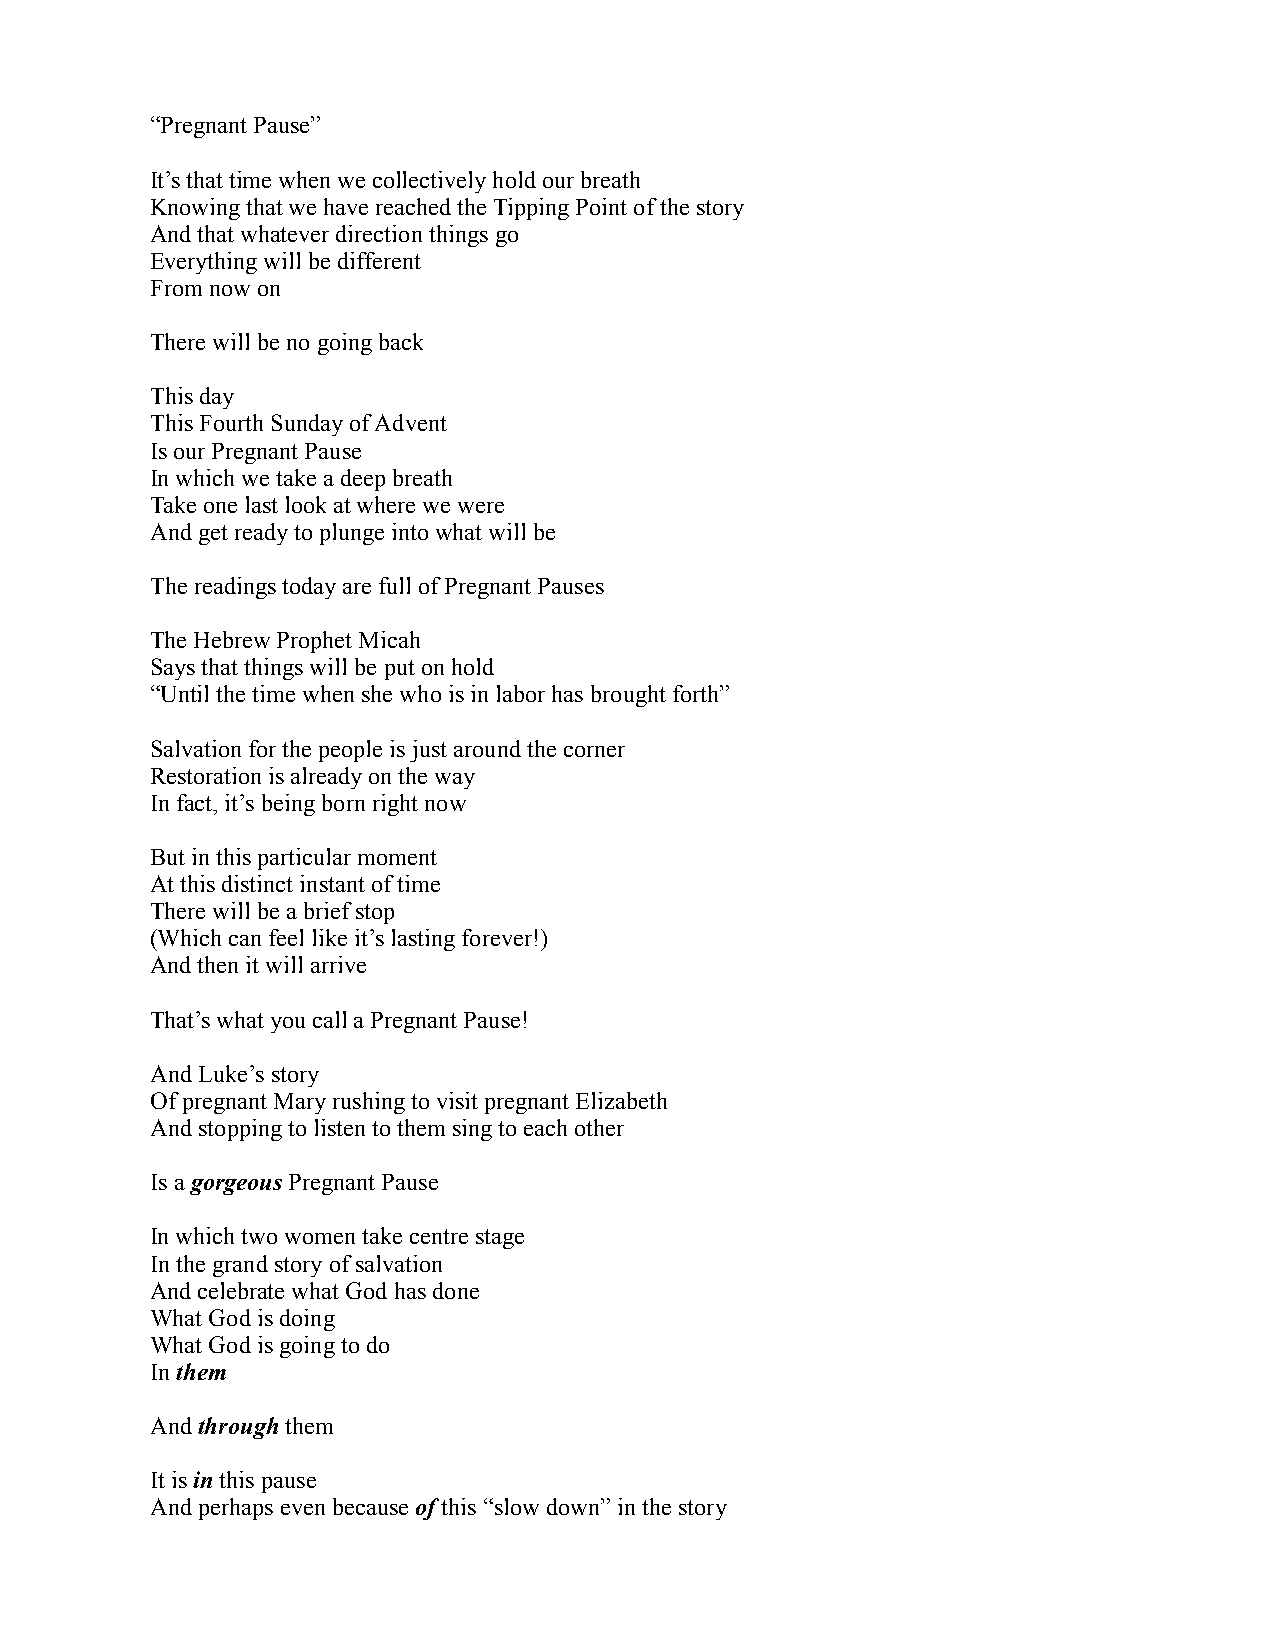
“Pregnant Pause”
 It’s that time when we collectively hold our breath
 Knowing that we have reached the Tipping Point of the story
 And that whatever direction things go
 Everything will be different
 From now on
 There will be no going back
 This day
 This Fourth Sunday of Advent
 Is our Pregnant Pause
 In which we take a deep breath
 Take one last look at where we were
 And get ready to plunge into what will be
 The readings today are full of Pregnant Pauses
 The Hebrew Prophet Micah
 Says that things will be put on hold
 “Until the time when she who is in labor has brought forth”
 Salvation for the people is just around the corner
 Restoration is already on the way
 In fact, it’s being born right now
 But in this particular moment
 At this distinct instant of time
 There will be a brief stop
 (Which can feel like it’s lasting forever!)
 And then it will arrive
 That’s what you call a Pregnant Pause!
 And Luke’s story
 Of pregnant Mary rushing to visit pregnant Elizabeth
 And stopping to listen to them sing to each other
 Is a gorgeous Pregnant Pause
 In which two women take centre stage
 In the grand story of salvation
 And celebrate what God has done
 What God is doing
 What God is going to do
 In them
 And through them
 It is in this pause
 And perhaps even because of this “slow down” in the story